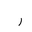
Letter: _ra